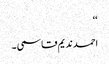
‘‘
احمد ندیم قاسمی ۔